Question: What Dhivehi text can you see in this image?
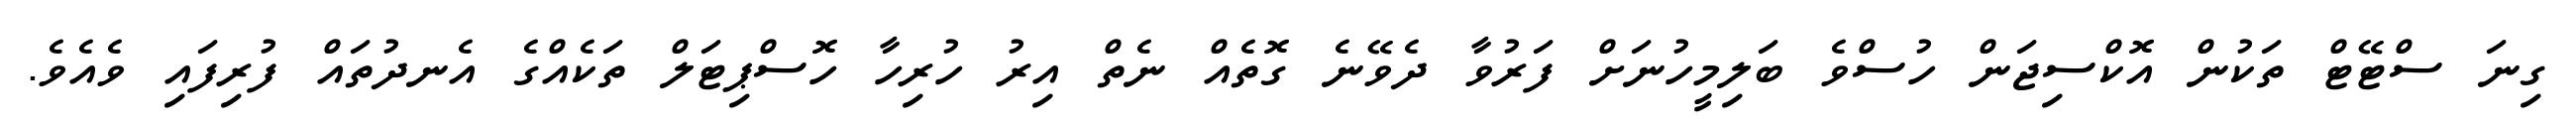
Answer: ގިނަ ސްޓޭޓް ތަކުން އޮކްސިޖަން ހުސްވެ ބަލިމީހުނަށް ފަރުވާ ދެވޭނެ ގޮތެއް ނެތް އިރު ހުރިހާ ހޮސްޕިޓަލް ތަކެއްގެ އެނދުތައް ފުރިފައި ވެއެވެ.